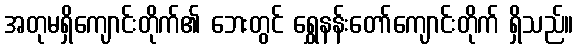
အတုမရှိကျောင်းတိုက်၏ ဘေးတွင် ရွှေနန်းတော်ကျောင်းတိုက် ရှိသည်။